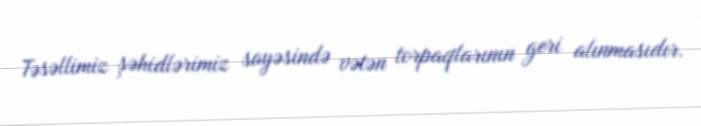
Təsəllimiz şəhidlərimiz sayəsində vətən torpaqlarının geri alınmasıdır.